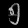
Digit: ၅